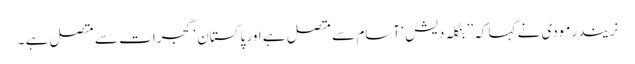
نریندر مودی نے کہا کہ ’’ بنگلہ دیش ‘ آسام سے متصل ہے اور پاکستان ‘ گجرات سے متصل ہے ۔